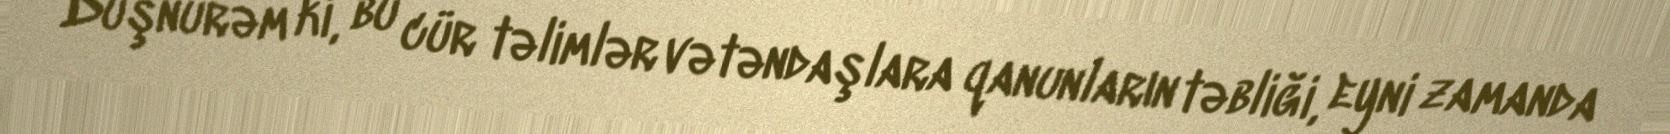
Düşnürəm ki, bu cür təlimlər vətəndaşlara qanunların təbliği, eyni zamanda